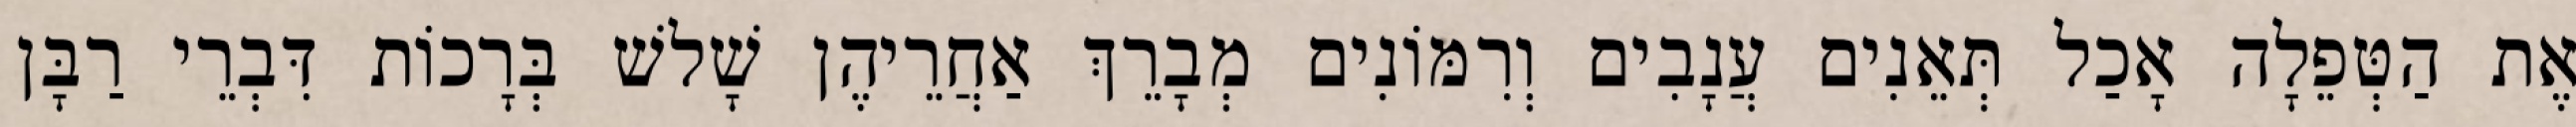
אֶת הַטְּפֵלָה אָכַל תְּאֵנִים עֲנָבִים וְרִמּוֹנִים מְבָרֵךְ אַחֲרֵיהֶן שָׁלשׁ בְּרָכוֹת דִּבְרֵי רַבָּן